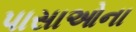
પાસાઓના